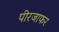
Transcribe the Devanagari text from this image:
पीरजाफर